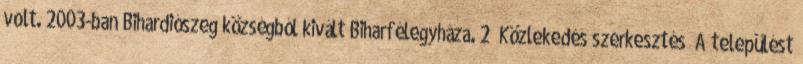
volt. 2003-ban Bihardiószeg községból kivált Biharfélegyháza. 2 Közlekedés szerkesztés A települést